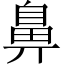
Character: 鼻